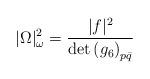
LaTeX: \begin{align*} |\Omega|_\omega^2 = \frac{|f|^2}{\det {(g_6)}_{p \bar{q}}}\end{align*}